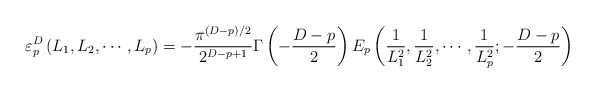
\begin{align*}\varepsilon_p^D\left(L_{1}, L_{2},\cdots,L_{p}\right)=-\frac{\pi^{(D-p)/2}}{2^{D-p+1}}\Gamma\left(-\frac{D-p}{2}\right)E_p\left(\frac{1}{L_1^2},\frac{1}{L_2^2},\cdots, \frac{1}{L_p^2};-\frac{D-p}{2}\right)\hspace{3cm}\end{align*}